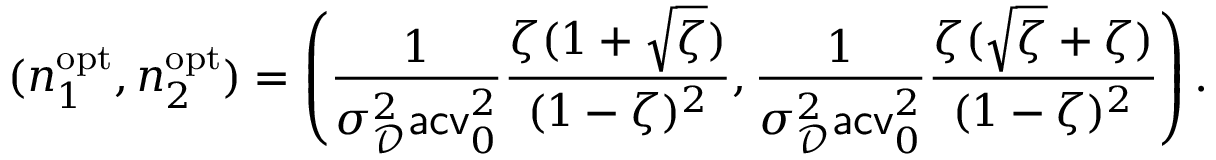
( n _ { 1 } ^ { \mathrm { o p t } } , n _ { 2 } ^ { \mathrm { o p t } } ) = \left( \frac { 1 } { \sigma _ { \mathscr D } ^ { 2 } \mathsf { a c v } _ { 0 } ^ { 2 } } \frac { \zeta ( 1 + \sqrt \zeta ) } { ( 1 - \zeta ) ^ { 2 } } , \frac { 1 } { \sigma _ { \mathscr D } ^ { 2 } \mathsf { a c v } _ { 0 } ^ { 2 } } \frac { \zeta ( \sqrt \zeta + \zeta ) } { ( 1 - \zeta ) ^ { 2 } } \right) .